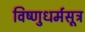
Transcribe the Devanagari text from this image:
विष्णुधर्मसूत्र